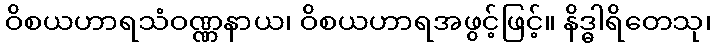
ဝိစယဟာရသံဝဏ္ဏနာယ၊ ဝိစယဟာရအဖွင့်ဖြင့်။ နိဒ္ဓါရိတေသု၊